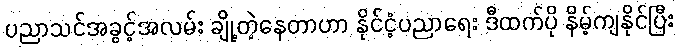
ပညာသင်အခွင့်အလမ်း ချို့တဲ့နေတာဟာ နိုင်ငံ့ပညာရေး ဒီထက်ပို နိမ့်ကျနိုင်ပြီး